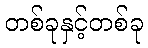
တစ်ခုနှင့်တစ်ခု